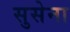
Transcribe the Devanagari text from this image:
सुसेना